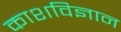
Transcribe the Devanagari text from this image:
काशविज्ञान